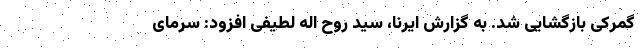
گمرکی بازگشایی شد. به گزارش ایرنا، سید روح اله لطیفی افزود: سرمای